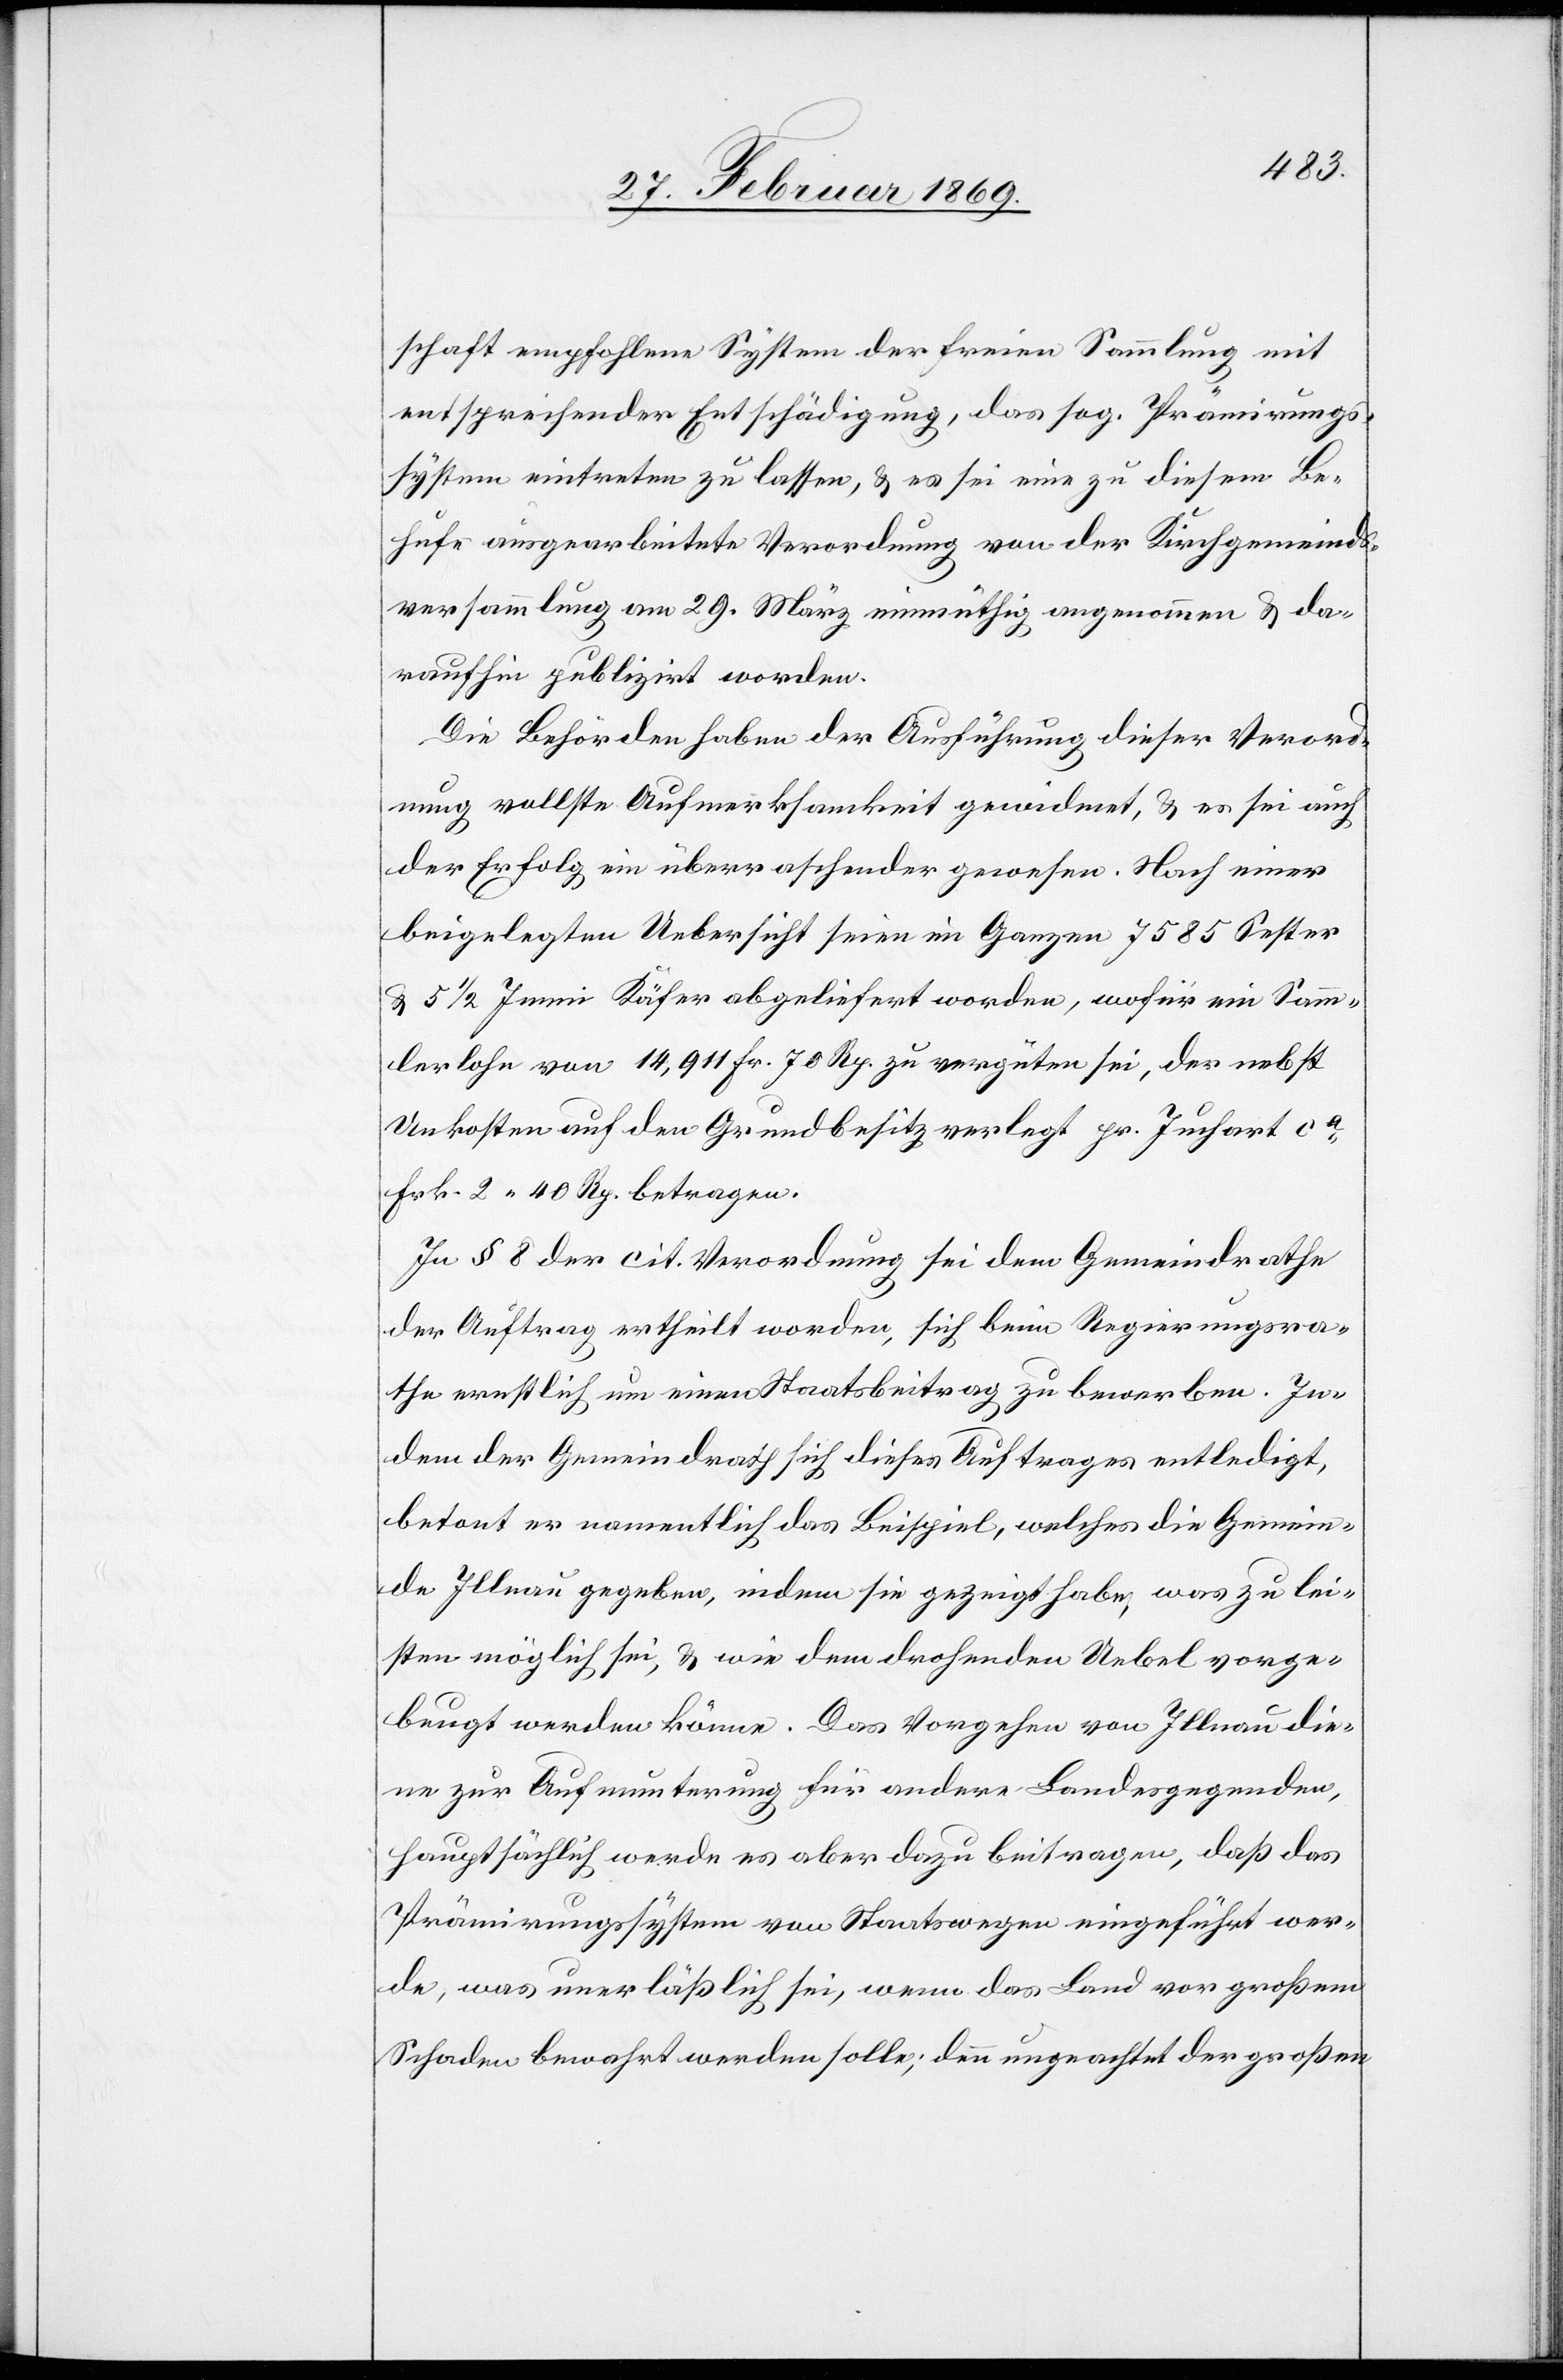
schaft empfohlene System der freien Sammlung mit
entsprechender Entschädigung, das sog. Prämirungs¬
system eintreten zu lassen, & es sei eine zu diesem Be¬
hufe ausgearbeitete Verordnung von der Kirchgemeinds¬
versammlung am 29. März einmüthig angenommen & da¬
raufhin publizirt worden.
Die Behörden haben der Ausführung dieser Verord¬
nung vollste Aufmerksamkeit gewidmet, & es sei auch
der Erfolg ein überraschender gewesen. Nach einer
beigelegten Uebersicht seien im Ganzen 7585 Sester
& 5 1/2 Immi [sic!] Käfer abgeliefert worden, wofür ein Samm¬
lerlohn von 14,911 Fr. 70 Rp. zu vergüten sei, der nebst
Unkosten auf den Grundbesitz verlegt pr. Juchart ca
Frk. 2.40 Rp. betragen.
In § 8 der cit. Verordnung sei dem Gemeindrathe
der Auftrag ertheilt worden, sich beim Regierungsra¬
the ernstlich um einen Staatsbeitrag zu bewerben. In¬
dem der Gemeindrath sich dieses Auftrages entledigt,
betont er namentlich das Beispiel, welches die Gemein¬
de Illnau gegeben, indem sie gezeigt habe, was zu lei¬
sten möglich sei, & wie dem drohenden Uebel vorge¬
beugt werden könne. Das Vorgehen von Illnau die¬
ne zur Aufmunterung für andere Landesgegenden,
hauptsächlich werde es aber dazu beitragen, daß das
Prämirungssystem von Staatswegen eingeführt wer¬
de, was unerläßlich sei, wenn das Land vor großem
Schaden bewahrt werden solle, denn ungeachtet der großen